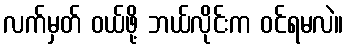
လက်မှတ် ဝယ်ဖို့ ဘယ်လိုင်းက ဝင်ရမလဲ။